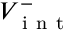
V _ { \mathrm { ~ i ~ n ~ t ~ } } ^ { - }